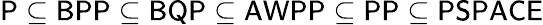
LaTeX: \mathsf{P\subseteq BPP\subseteq BQP\subseteq AWPP\subseteq PP\subseteq PSPACE}